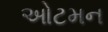
ઓટમન